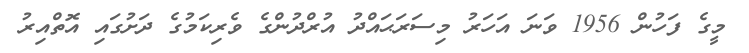
މީގެ ފަހުން 1956 ވަނަ އަހަރު މިސަރަޙައްދު އުރްދުންގެ ވެރިކަމުގެ ދަށުގައި އޮތްއިރު